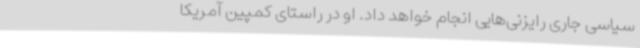
سیاسی جاری رایزنی‌هایی انجام خواهد داد. او در راستای کمپین آمریکا